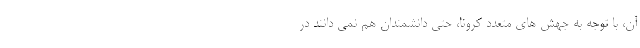
آن، با توجه به جهش های متعدد کرونا، حتی دانشمندان هم نمی دانند در